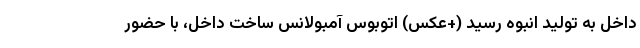
داخل به تولید انبوه رسید (+عکس) اتوبوس آمبولانس ساخت داخل، با حضور